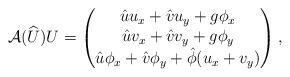
LaTeX: \begin{align*}\mathcal{A}(\widehat U) U = \begin{pmatrix}\hat uu_x + \hat vu_y + g\phi_x \\\hat uv_x + \hat vv_y + g\phi_y \\\hat u\phi_x + \hat v\phi_y + \hat\phi(u_x+v_y) \end{pmatrix},\end{align*}